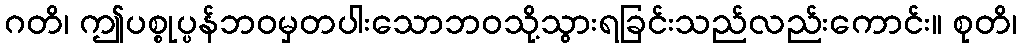
ဂတိ၊ ဤပစ္စုပ္ပန်ဘဝမှတပါးသောဘဝသို့သွားရခြင်းသည်လည်းကောင်း။ စုတိ၊